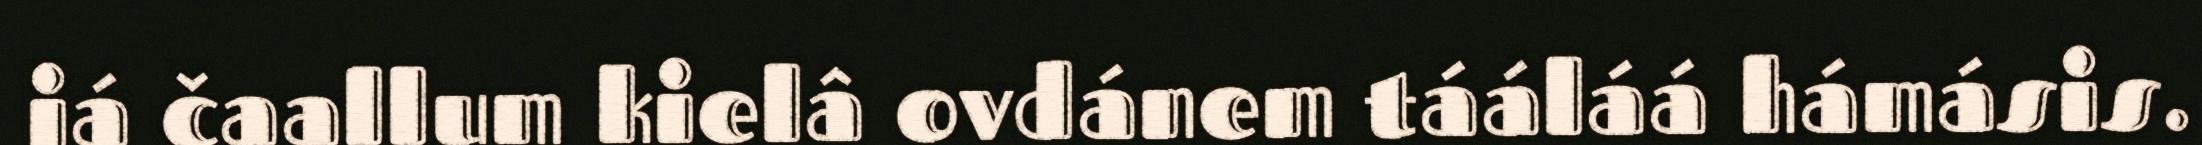
já čaallum kielâ ovdánem tááláá hámásis.